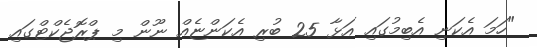
"ހަމަ އެކަނި އެބިމުގައި އަޅާ 25 ބުރި އެކަންޏެއް ނޫން މި ޕްރޮޖެކްޓްގައި